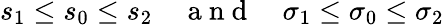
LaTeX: s_{1}\leq s_{0}\leq s_{2}\quad\mathrm{~a~n~d~}\quad\sigma_{1}\leq\sigma_{0}\leq\sigma_{2}